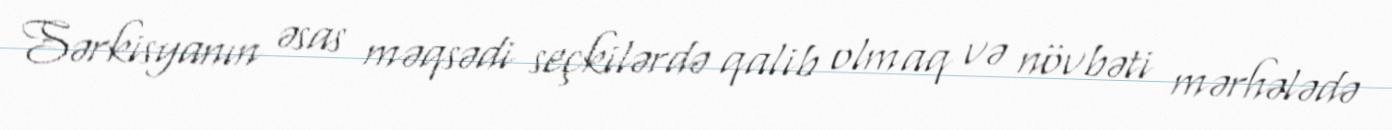
Sərkisyanın əsas məqsədi seçkilərdə qalib olmaq və növbəti mərhələdə